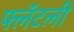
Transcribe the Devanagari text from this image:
फ्लॅटली